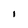
Character: I